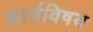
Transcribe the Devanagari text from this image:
कार्यविषय